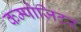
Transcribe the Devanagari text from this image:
कम्पोज़िटर